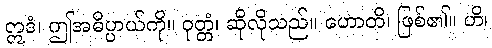
ဣဒံ၊ ဤအဓိပ္ပာယ်ကို။ ဝုတ္တံ၊ ဆိုလိုသည်။ ဟောတိ၊ ဖြစ်၏။ ဟိ၊